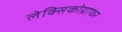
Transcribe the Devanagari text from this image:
लेक्सिकोग्राफर